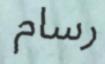
رسام